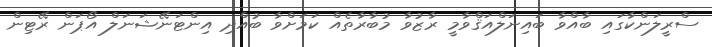
ސްރީލަންކާގައި ބާއްވާ ބައިނަލްއަޤްވާމީ ރާޒުވާ މުބާރާތެއް ކަމަށްވާ ބުއްދި އިންޓަނޭޝަނަލް އޯޕަން ރޭޓިން